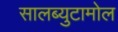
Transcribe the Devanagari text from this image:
सालब्युटामोल